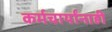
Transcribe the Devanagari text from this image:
कर्मचार्यांनाही